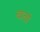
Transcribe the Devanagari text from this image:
बातां